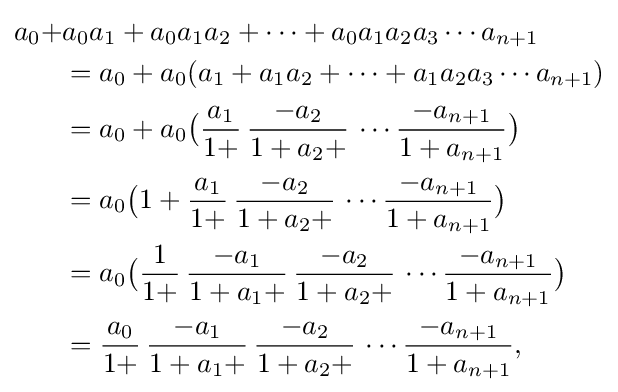
{\begin{aligned}a_{0}+&a_{0}a_{1}+a_{0}a_{1}a_{2}+\cdots +a_{0}a_{1}a_{2}a_{3}\cdots a_{n+1}\\&=a_{0}+a_{0}(a_{1}+a_{1}a_{2}+\cdots +a_{1}a_{2}a_{3}\cdots a_{n+1})\\&=a_{0}+a_{0}{\big (}{\frac {a_{1}}{1+}}\,{\frac {-a_{2}}{1+a_{2}+}}\,\cdots {\frac {-a_{n+1}}{1+a_{n+1}}}{\big )}\\&=a_{0}{\big (}1+{\frac {a_{1}}{1+}}\,{\frac {-a_{2}}{1+a_{2}+}}\,\cdots {\frac {-a_{n+1}}{1+a_{n+1}}}{\big )}\\&=a_{0}{\big (}{\frac {1}{1+}}\,{\frac {-a_{1}}{1+a_{1}+}}\,{\frac {-a_{2}}{1+a_{2}+}}\,\cdots {\frac {-a_{n+1}}{1+a_{n+1}}}{\big )}\\&={\frac {a_{0}}{1+}}\,{\frac {-a_{1}}{1+a_{1}+}}\,{\frac {-a_{2}}{1+a_{2}+}}\,\cdots {\frac {-a_{n+1}}{1+a_{n+1}}},\end{aligned}}